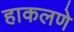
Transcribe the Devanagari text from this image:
हाकलणे